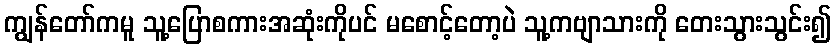
ကျွန်တော်ကမူ သူ့ပြောစကားအဆုံးကိုပင် မစောင့်တော့ပဲ သူ့ကဗျာသားကို တေးသွားသွင်း၍